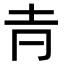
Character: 𡉉